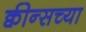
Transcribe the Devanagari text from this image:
क्वीन्सच्या